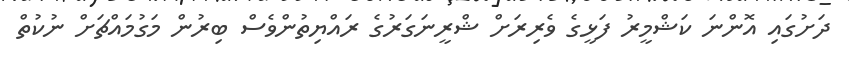
ދަށުގައި އޮންނަ ކަޝްމީރު ފަޅީގެ ވެރިރަށް ޝްރީނަގަރުގެ ރައްޔިތުންވެސް ބިރުން މަގުމައްޗަށް ނުކުތް